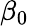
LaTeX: \beta_{0}